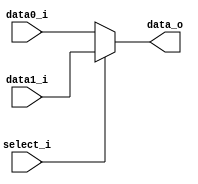
/***************************************************
Student Name:
Student ID: Lab4_release
***************************************************/

   `timescale 1ns/1ps

   module MUX_2to1(
       input  [31:0] data0_i,
       input  [31:0] data1_i,
       input         select_i,
       output [31:0] data_o
   );

   assign data_o = (select_i==0)?data0_i:data1_i;

   endmodule